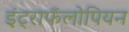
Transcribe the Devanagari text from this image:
इंट्राफॅलोपियन